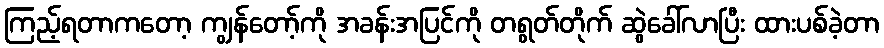
ကြည့်ရတာကတော့ ကျွန်တော့်ကို အခန်းအပြင်ကို တရွတ်တိုက် ဆွဲခေါ်လာပြီး ထားပစ်ခဲ့တာ